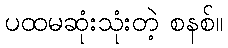
ပထမဆုံးသုံးတဲ့ စနစ်။